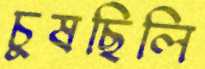
চুষছিলি